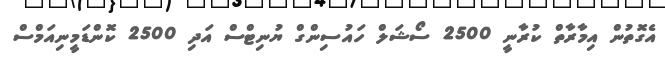
އެގޮތުން އިމާރާތް ކުރާނީ 2500 ސޯޝަލް ހައުސިންގް ޔުނިޓްސް އަދި 2500 ކޮންޑަމީނިއަމްސް